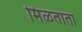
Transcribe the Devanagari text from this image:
मिळताता